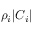
\rho _ { i } | C _ { i } |